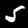
Label: 5